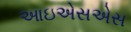
આઇએસએસ